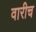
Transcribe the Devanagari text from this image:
वारीच